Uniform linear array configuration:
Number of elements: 4
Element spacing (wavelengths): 1
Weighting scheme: hamming
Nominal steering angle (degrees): -45
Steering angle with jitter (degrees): -44.295
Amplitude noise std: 0.05
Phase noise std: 0.05

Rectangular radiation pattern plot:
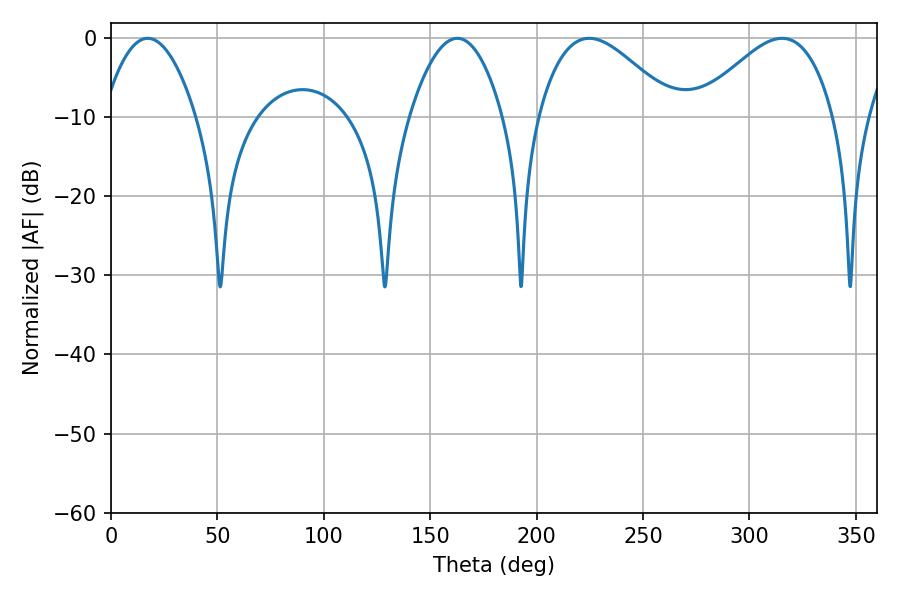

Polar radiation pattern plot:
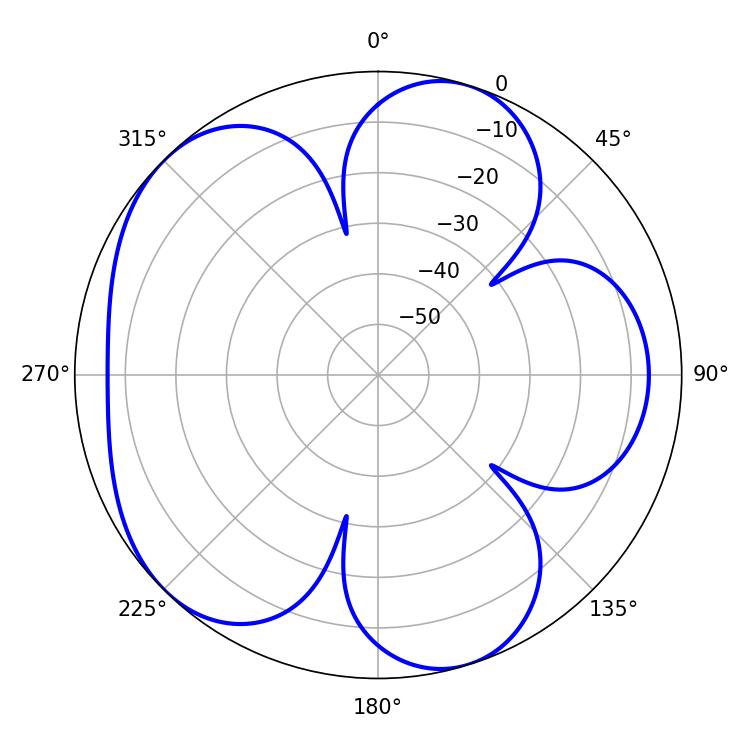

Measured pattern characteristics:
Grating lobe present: TRUE
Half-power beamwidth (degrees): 24.12
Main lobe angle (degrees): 17.28